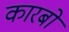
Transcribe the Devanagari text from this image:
कारबो